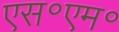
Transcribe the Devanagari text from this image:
एस॰एम॰